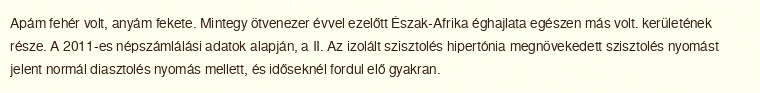
Apám fehér volt, anyám fekete. Mintegy ötvenezer évvel ezelőtt Észak-Afrika éghajlata egészen más volt. kerületének része. A 2011-es népszámlálási adatok alapján, a II. Az izolált szisztolés hipertónia megnövekedett szisztolés nyomást jelent normál diasztolés nyomás mellett, és időseknél fordul elő gyakran.